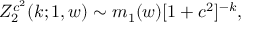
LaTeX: Z _ { 2 } ^ { c ^ { 2 } } ( k ; 1 , w ) \sim m _ { 1 } ( w ) [ 1 + c ^ { 2 } ] ^ { - k } ,